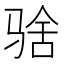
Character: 𱅚